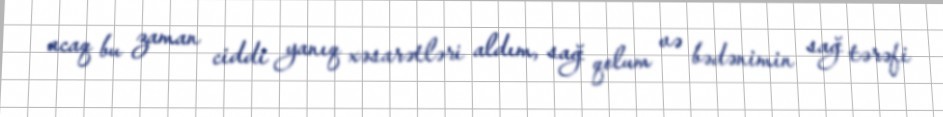
acaq bu zaman ciddi yanıq xəsarətləri aldım, sağ qolum və bədənimin sağ tərəfi